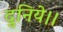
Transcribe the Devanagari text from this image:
दुनिये।।